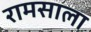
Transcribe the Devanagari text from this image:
रामसाला